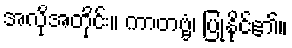
အလိုအတိုင်း။ ကာတဗ္ဗံ၊ ပြုနိုင်၏။